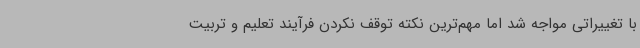
با تغییراتی مواجه شد اما مهم‌ترین نکته توقف نکردن فرآیند تعلیم و تربیت